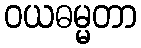
ဝယဓမ္မတာ